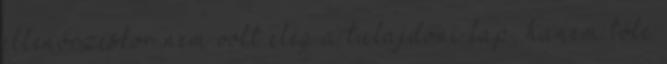
ellenőrzéskor nem volt elég a tulajdoni lap, hanem tőle